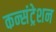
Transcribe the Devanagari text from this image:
कन्संट्रेशन